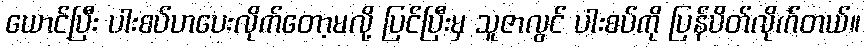
ယောင်ပြီး ပါးစပ်ဟပေးလိုက်တော့မလို့ ပြင်ပြီးမှ သူဇာလွင် ပါးစပ်ကို ပြန်ပိတ်လိုက်တယ်။